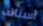
أسنانه